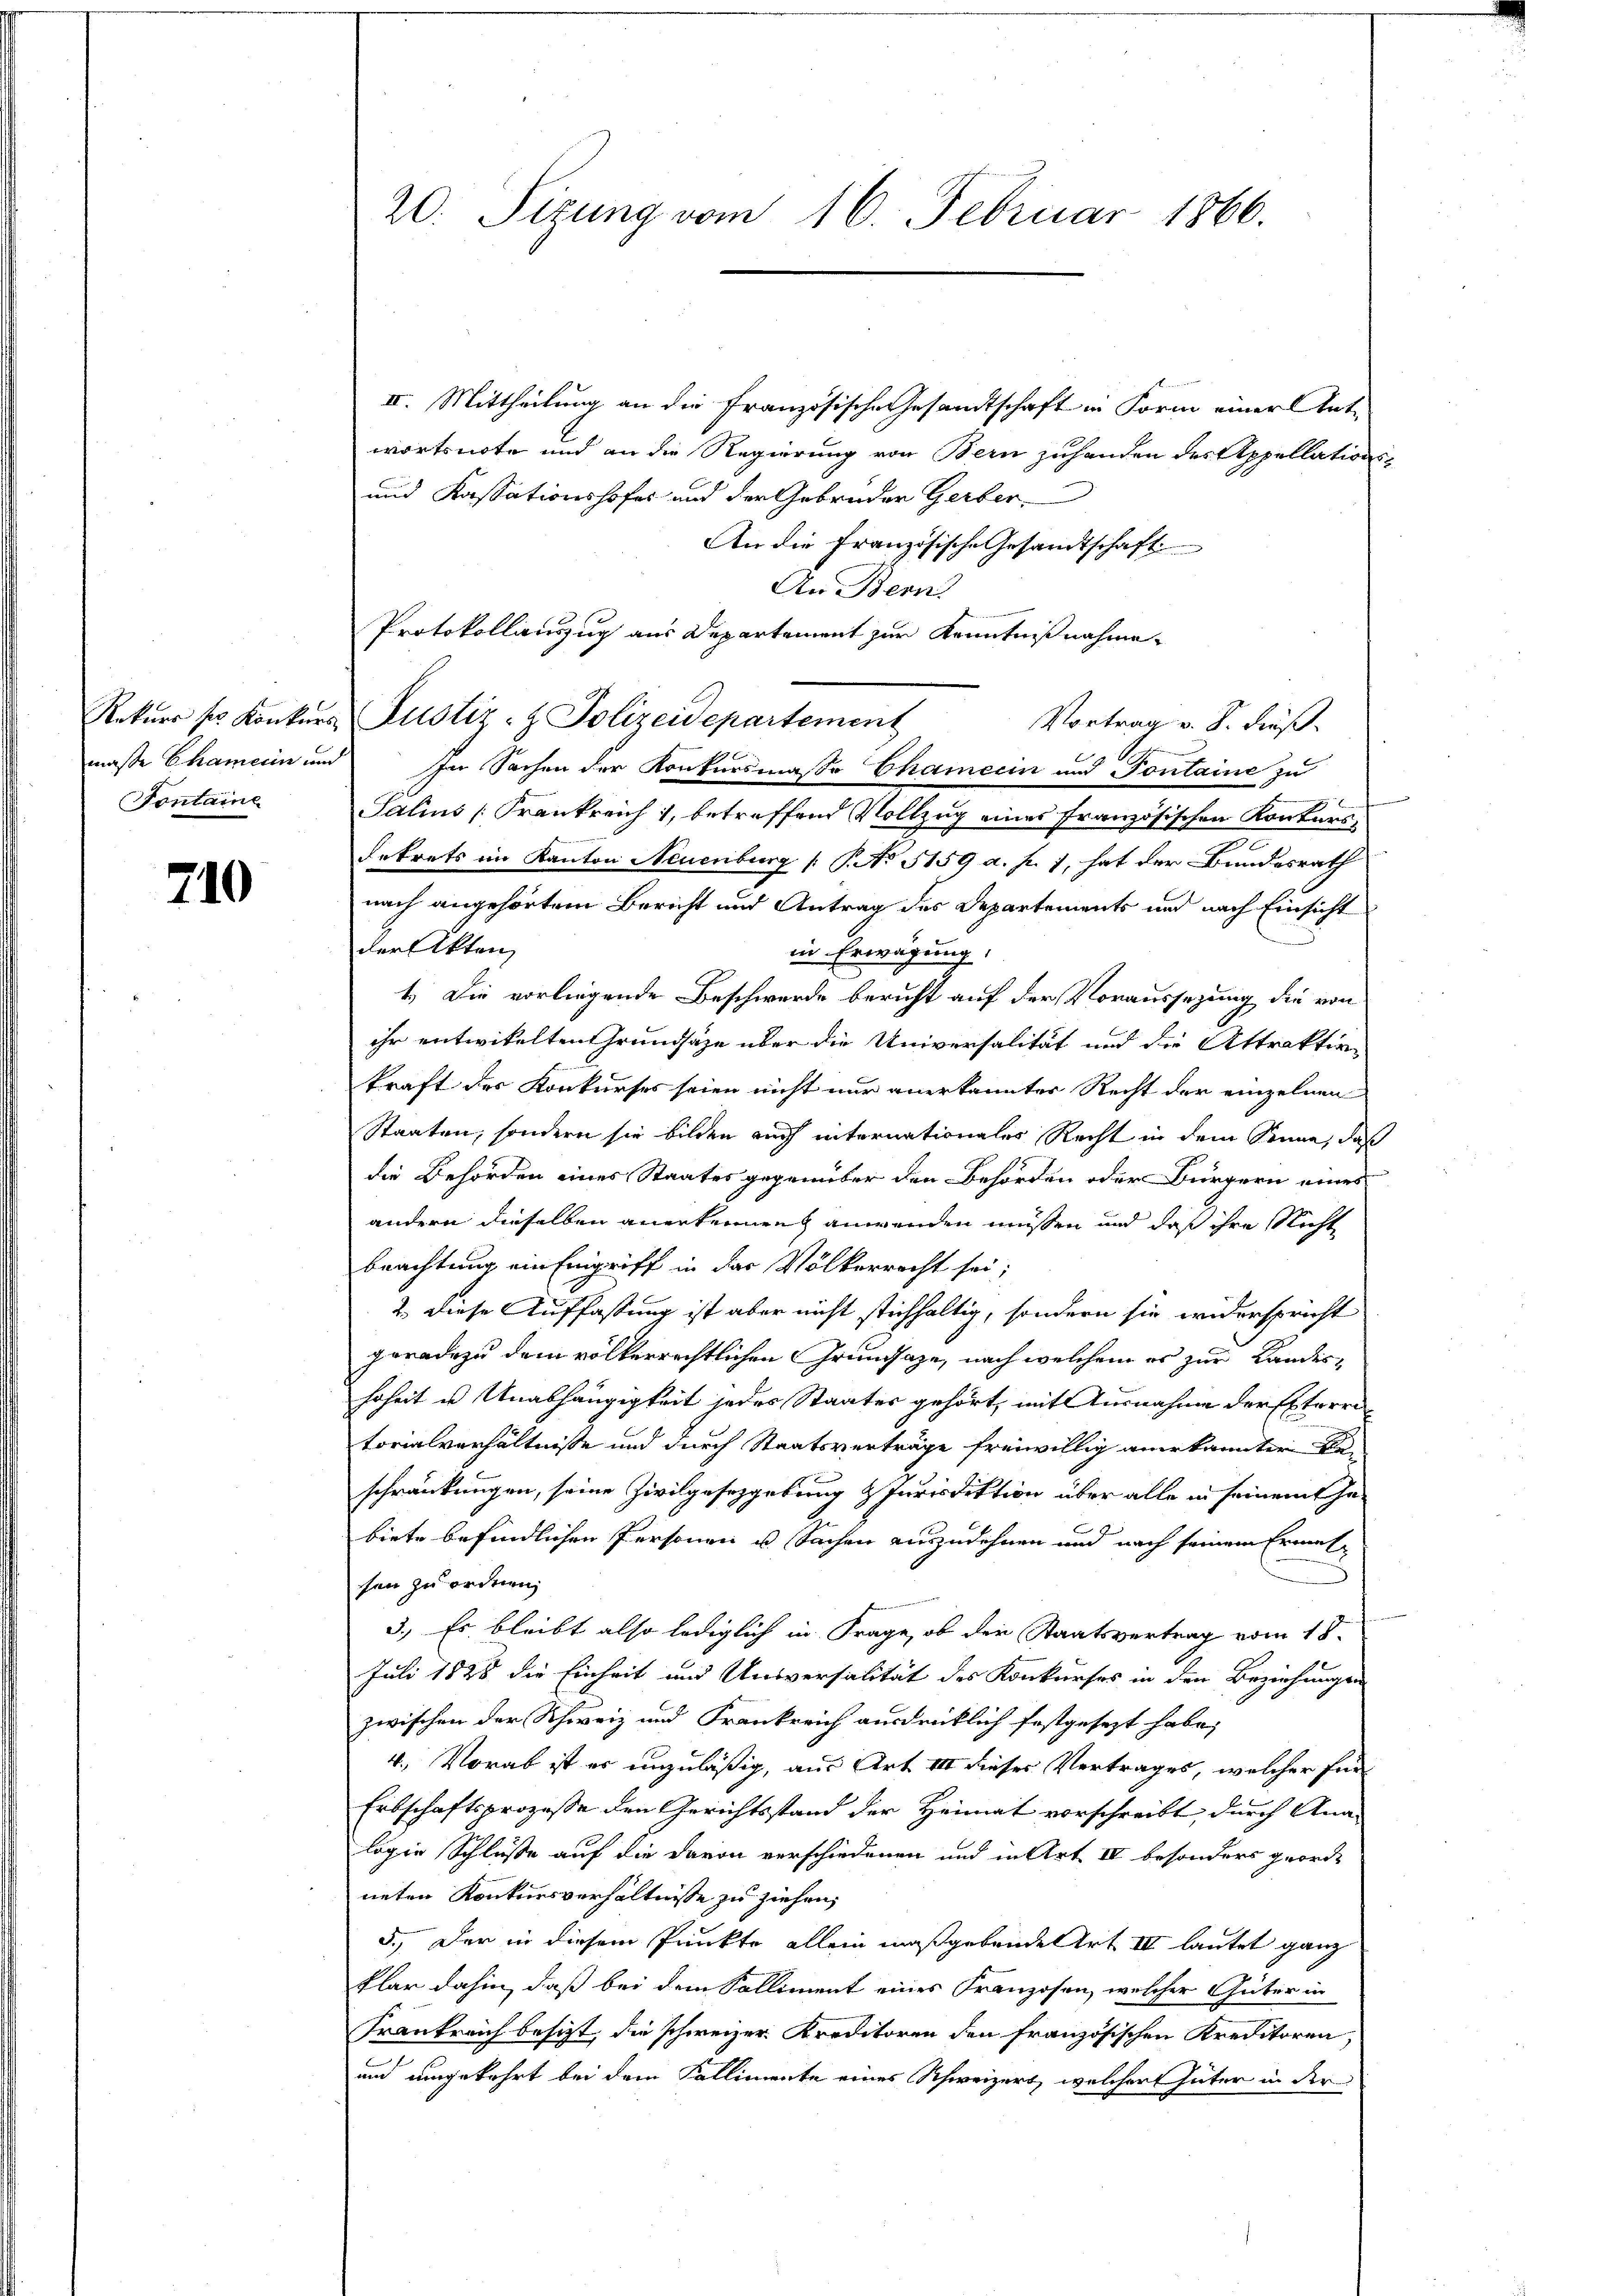
Fontaine

710

II. Mittheilung an die Französische Gesandtschaft in Form einer Ant
wortsnote und an die Regierung von Bern zuhanden des Appellation
und Kassationshofes und der Gebrüder Gerber,
An die Französische Gesandtschaft
An Bern
Protokollinzug aus Departement zur Kenntnißnahme.
Vortrag v. S. dieß.
maße Chamerin und In Sachen der Konkursmaße Chamerin und Pontaine zu
Salins [Frankreich 1, betreffend Vollzug eines Französischen Konkurss
dekrets im Kanton Neuenburg (1. No 5159 a. p. 1, hat der Bundesrath
nach angehörtem Bericht und Antrag des Departements und nach Einsicht
.
der Akten
in Erwägung.
4.) Die vorliegende Beschwerde bericht auf der Voraussezung die von
ihr entwickelten Grundsätze über die Universalität und die Attraktion
kraft der Konkurses seien nicht nur anerkannter Recht der einzelnen
Staaten, sondern sie bilden auch internationales Recht in dem Sinne, daß
die Behörden eines Staates gegenüber den Behörden oder Bürgern eines
andern dieselben anerkennen anwenden müssen und daß ihre Nicht
beachtung ein Eingriff in das Völkerrecht sei;
2. Diese Auffassung ist aber nicht stichhaltig, sondern sie widerspricht
geradezu dem völkerrechtlichen Grundsaze, nach welchem es zur Landeshoheit in Unabhängigkeit jedes Staates gehört, mit Ausnahme der Esterri
torialverhältnisse und durch Staatsverträge freiwillig anerkannter Beschränkungen, seine Zivilgesetzgebung & Jurisdiktion über alle in seinem Ja
biete befindlichen Personen u. Sachen auszudehnen und nach seinem Ermahsen zu ordnen,
3.) Es bleibt also lediglich in Frage, ob der Staatsvertrag vom 18.
Juli 1828 die Einheit und Unsversalität des Konkurses in den Beziehungen
zwischen der Schweiz und Frankreich ausdrücklich festgesezt habe,
4. Vorab ist es unzuläßig, aus Art III dieses Vertrages, welcher für
Erbschaftsprozesse den Gerichtsstand der Heimat vorschreibt, durch Ana-
logie Schlüsse auf die davon verschiedenen und in Art IV besonders georde
neten Konkursverhältnisse zu ziehen,
5.) Der in diesem Punkte allein maßgebende Art III lautet ganz
klar dahin, daß bei dem Salliment eines Franzosen, welcher Güter in
Frankreich besitzt, die schweizer Kreditoren den französischen Kreditoren,
und umgekehrt bei dem Kallimente eines Schweizert, welchen Güter in der

20. Sizung vom 16. Februar 1866.

Rekurs sr. Konkurs Justiz- & Polizeidepartement